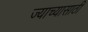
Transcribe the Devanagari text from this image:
ज्याच्यासाठी